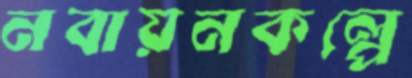
নবায়নকল্পে